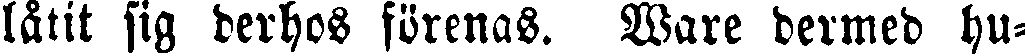
låtit sig derhos förenas. Ware dermed hu-